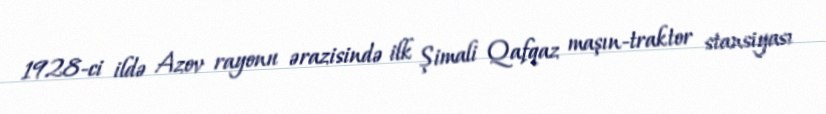
1928-ci ildə Azov rayonu ərazisində ilk Şimali Qafqaz maşın-traktor stansiyası